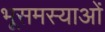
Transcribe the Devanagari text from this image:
भूसमस्याओं